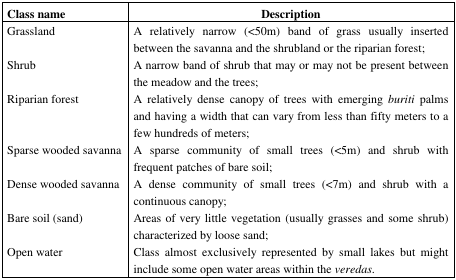
<table><thead><tr><td><b>Class name</b></td><td><b>Description</b></td></tr></thead><tbody><tr><td>Grassland</td><td>A relatively narrow (&lt;50m) band of grass usually inserted between the savanna and the shrubland or the riparian forest;</td></tr><tr><td>Shrub</td><td>A narrow band of shrub that may or may not be present between the meadow and the trees;</td></tr><tr><td>Riparian forest</td><td>A relatively dense canopy of trees with emerging <i>buriti</i> palms and having a width that can vary from less than fifty meters to a few hundreds of meters;</td></tr><tr><td>Sparse wooded savanna</td><td>A sparse community of small trees (&lt;5m) and shrub with frequent patches of bare soil;</td></tr><tr><td>Dense wooded savanna</td><td>A dense community of small trees (&lt;7m) and shrub with a continuous canopy;</td></tr><tr><td>Bare soil (sand)</td><td>Areas of very little vegetation (usually grasses and some shrub) characterized by loose sand;</td></tr><tr><td>Open water</td><td>Class almost exclusively represented by small lakes but might include some open water areas within the <i>veredas</i>.</td></tr></tbody></table>